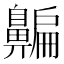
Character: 𪖯